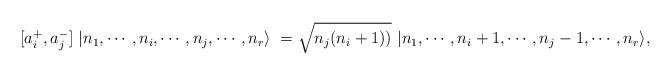
LaTeX: \begin{align*}[a_i^{+}, a_j^-]~ |n_1,\cdots, n_i,\cdots,n_j ,\cdots, n_r\rangle\ = \sqrt{n_j(n_i+1))}~|n_1,\cdots, n_i+1,\cdots, n_j-1,\cdots , n_r\rangle,\end{align*}